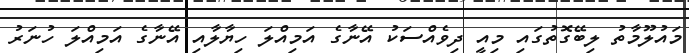
މައުލޫމާތު ލިބޭގޮތުގައި މިއީ ދިވެއްސަކު އޭނާގެ އަމިއްލަ ހިޔާލާއި އޭނާގެ އަމިއްލަ ހުނަރު